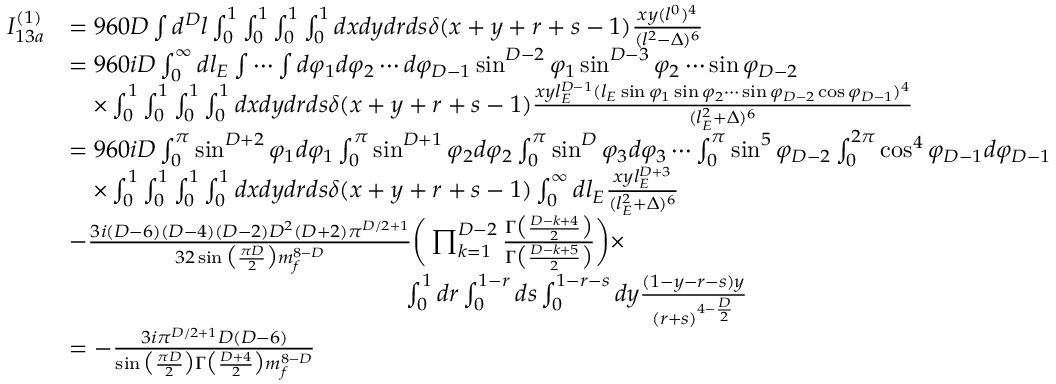
\begin{array} { r l } { I _ { 1 3 a } ^ { ( 1 ) } } & { = 9 6 0 D \int d ^ { D } l \int _ { 0 } ^ { 1 } \int _ { 0 } ^ { 1 } \int _ { 0 } ^ { 1 } \int _ { 0 } ^ { 1 } d x d y d r d s \delta ( x + y + r + s - 1 ) \frac { x y ( l ^ { 0 } ) ^ { 4 } } { ( l ^ { 2 } - \Delta ) ^ { 6 } } } \\ & { = 9 6 0 i D \int _ { 0 } ^ { \infty } d l _ { E } \int \cdots \int d \varphi _ { 1 } d \varphi _ { 2 } \cdots d \varphi _ { D - 1 } \sin ^ { D - 2 } \varphi _ { 1 } \sin ^ { D - 3 } \varphi _ { 2 } \cdots \sin \varphi _ { D - 2 } } \\ & { \quad \times \int _ { 0 } ^ { 1 } \int _ { 0 } ^ { 1 } \int _ { 0 } ^ { 1 } \int _ { 0 } ^ { 1 } d x d y d r d s \delta ( x + y + r + s - 1 ) \frac { x y l _ { E } ^ { D - 1 } ( l _ { E } \sin \varphi _ { 1 } \sin \varphi _ { 2 } \cdots \sin \varphi _ { D - 2 } \cos \varphi _ { D - 1 } ) ^ { 4 } } { ( l _ { E } ^ { 2 } + \Delta ) ^ { 6 } } } \\ & { = 9 6 0 i D \int _ { 0 } ^ { \pi } \sin ^ { D + 2 } \varphi _ { 1 } d \varphi _ { 1 } \int _ { 0 } ^ { \pi } \sin ^ { D + 1 } \varphi _ { 2 } d \varphi _ { 2 } \int _ { 0 } ^ { \pi } \sin ^ { D } \varphi _ { 3 } d \varphi _ { 3 } \cdots \int _ { 0 } ^ { \pi } \sin ^ { 5 } \varphi _ { D - 2 } \int _ { 0 } ^ { 2 \pi } \cos ^ { 4 } \varphi _ { D - 1 } d \varphi _ { D - 1 } } \\ & { \quad \times \int _ { 0 } ^ { 1 } \int _ { 0 } ^ { 1 } \int _ { 0 } ^ { 1 } \int _ { 0 } ^ { 1 } d x d y d r d s \delta ( x + y + r + s - 1 ) \int _ { 0 } ^ { \infty } d l _ { E } \frac { x y l _ { E } ^ { D + 3 } } { ( l _ { E } ^ { 2 } + \Delta ) ^ { 6 } } } \\ & { - \frac { 3 i ( D - 6 ) ( D - 4 ) ( D - 2 ) D ^ { 2 } ( D + 2 ) \pi ^ { D / 2 + 1 } } { 3 2 \sin \big ( \frac { \pi D } { 2 } \big ) m _ { f } ^ { 8 - D } } \bigg ( \prod _ { k = 1 } ^ { D - 2 } \frac { \Gamma \big ( \frac { D - k + 4 } { 2 } \big ) } { \Gamma \big ( \frac { D - k + 5 } { 2 } \big ) } \bigg ) \times } \\ & { \quad \quad \quad \quad \quad \quad \quad \quad \quad \quad \quad \quad \quad \quad \int _ { 0 } ^ { 1 } d r \int _ { 0 } ^ { 1 - r } d s \int _ { 0 } ^ { 1 - r - s } d y \frac { ( 1 - y - r - s ) y } { ( r + s ) ^ { 4 - \frac { D } { 2 } } } } \\ & { = - \frac { 3 i \pi ^ { D / 2 + 1 } D ( D - 6 ) } { \sin \big ( \frac { \pi D } { 2 } \big ) \Gamma \big ( \frac { D + 4 } { 2 } \big ) m _ { f } ^ { 8 - D } } } \end{array}